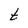
Character: t